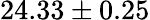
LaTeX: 24.33\pm 0.25